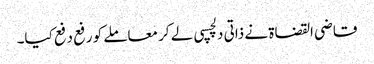
قاضی القضاۃ نے ذاتی دلچسپی لے کر معاملے کو رفع دفع کیا۔